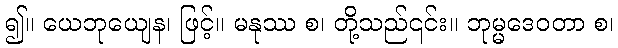
၍။ ယေဘုယျေန၊ ဖြင့်။ မနုဿ စ၊ တို့သည်၎င်း။ ဘုမ္မဒေဝတာ စ၊